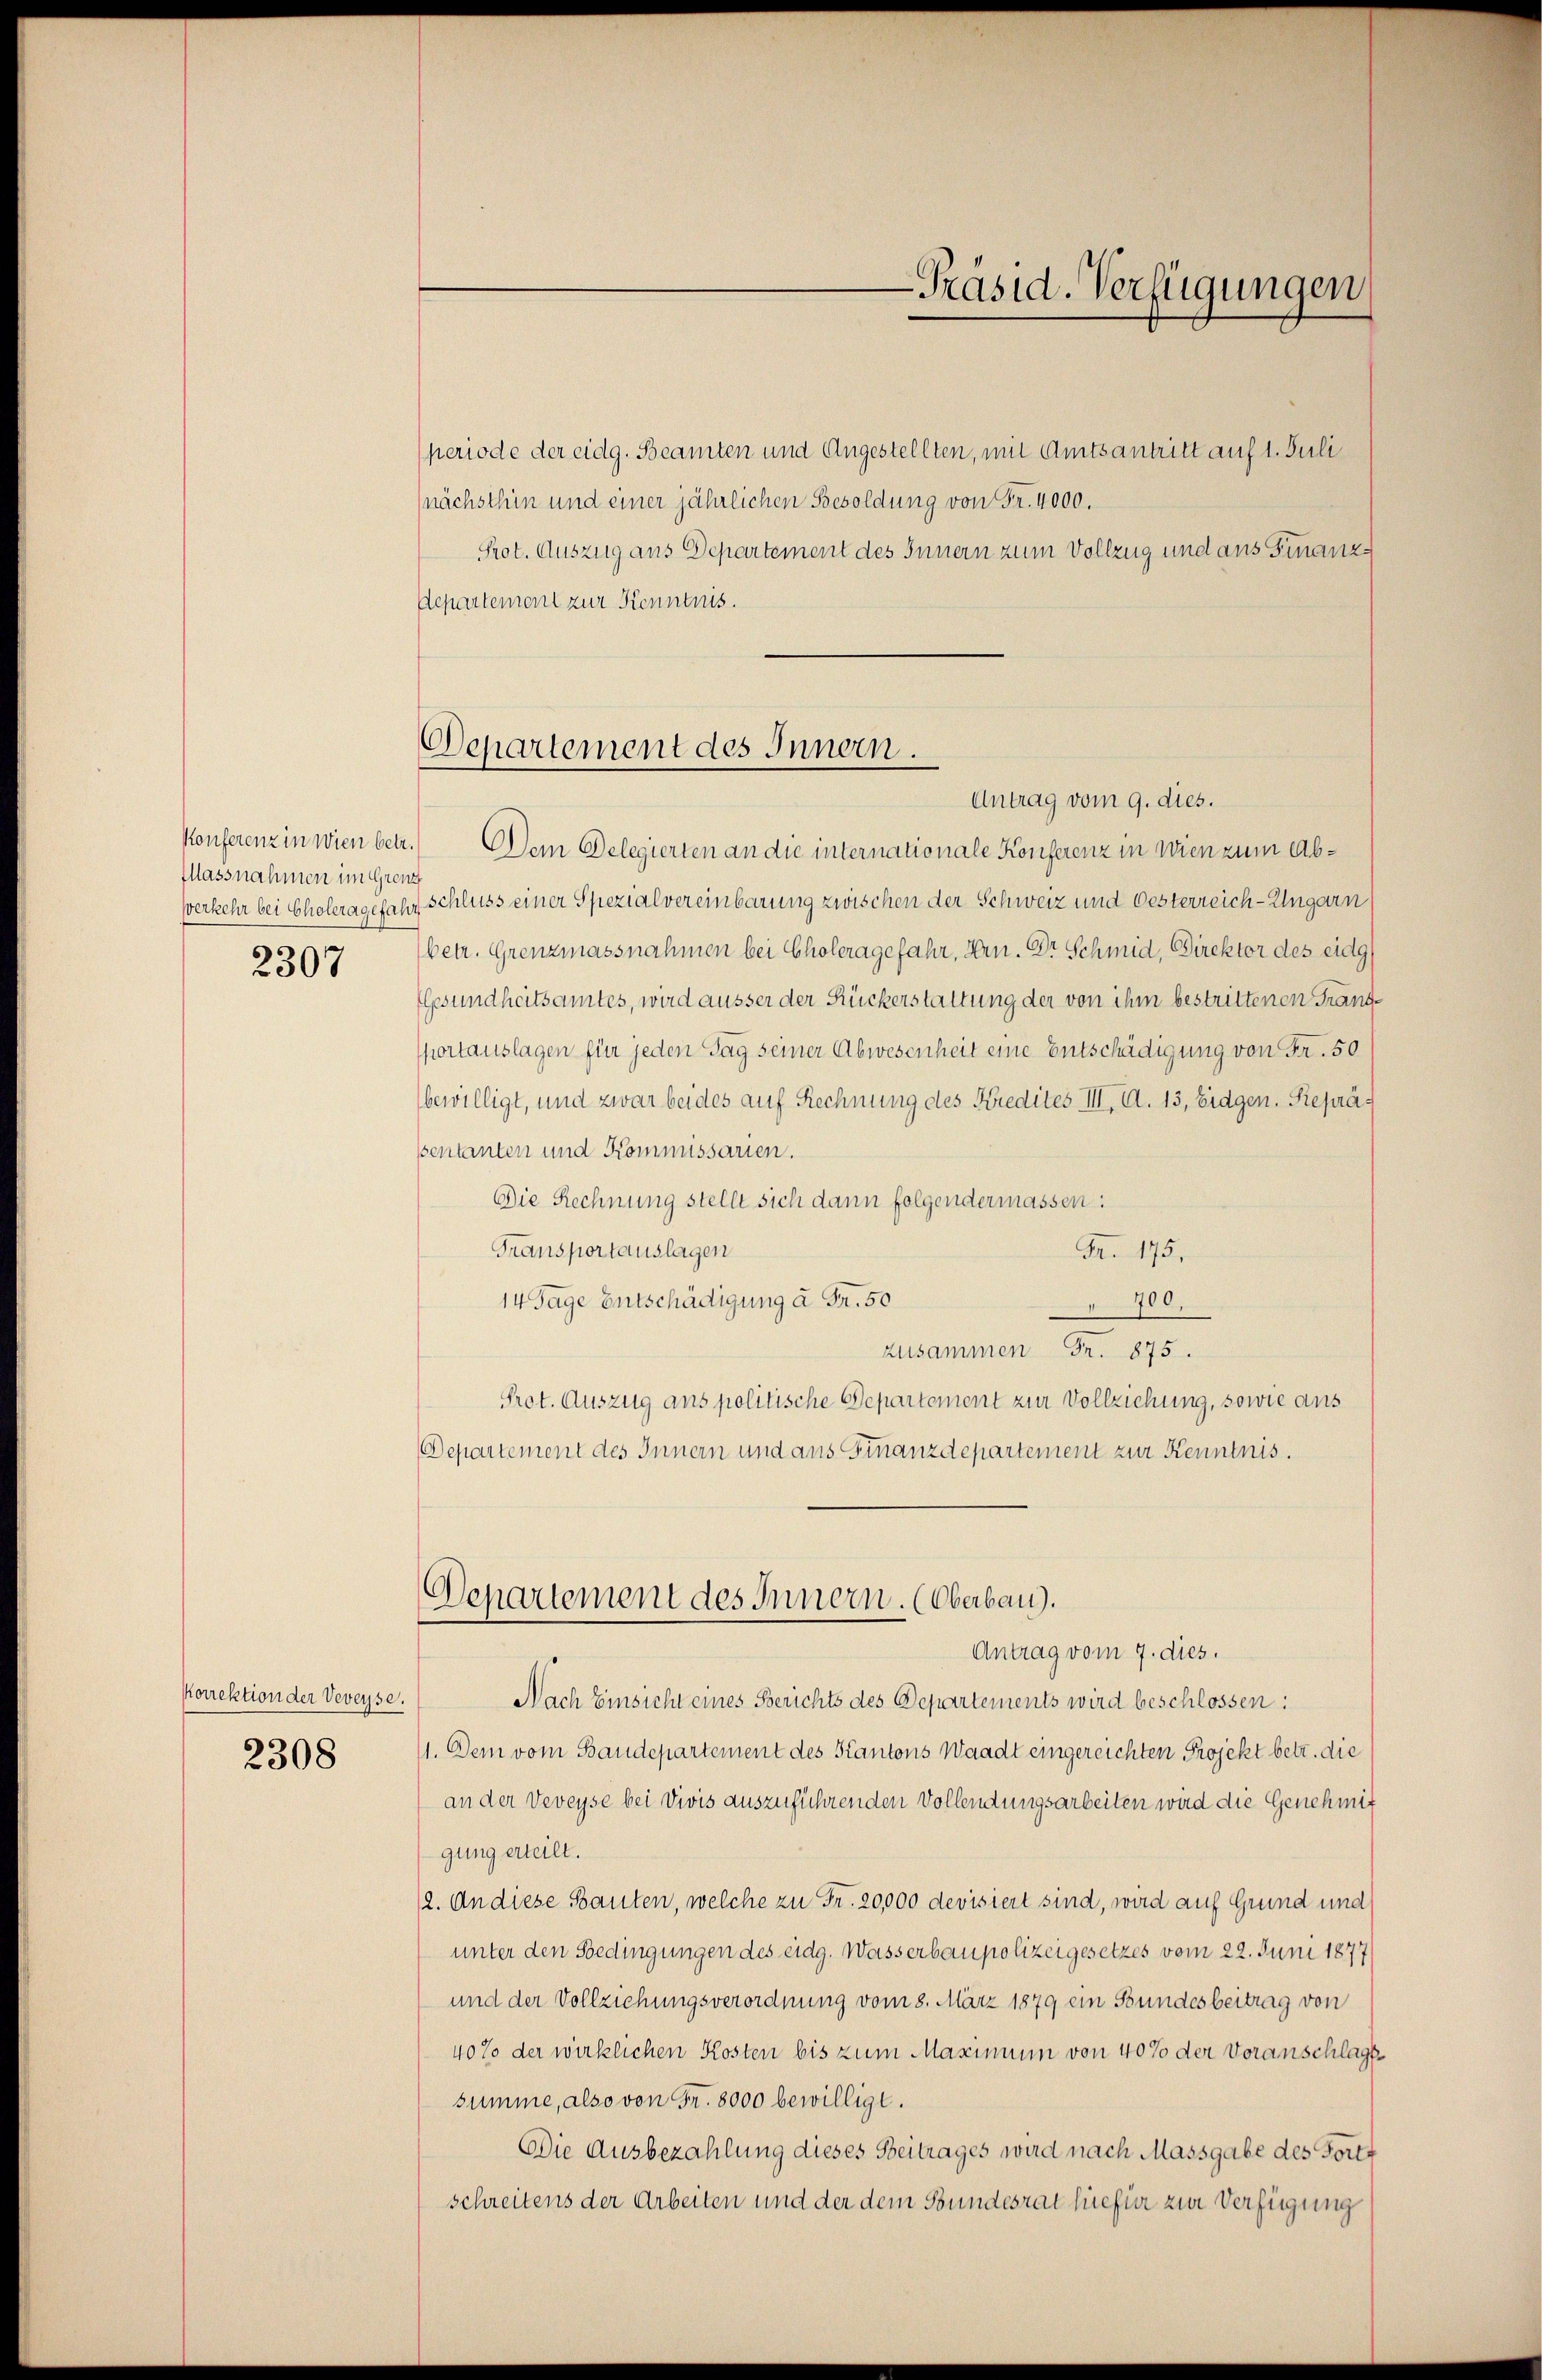
Massnahmen im Grenz

2307

porrektion der Veveyse.
2308

Departement des Innern.
Antrag vom 9. dies.

-Präsid. Verfügungen

periode der eidg. Beamten und Angestellten, mit Amtsantritt auf 1. Juli
nächsthin und einer jährlichen Besoldung von Fr. 4000.
Prot. Auszug aus Departement des Innern zum Vollzug und aus Finanz-
Aepartement zur Kenntnis.

Konferenz in wien betr.) Dem Delegierten an die internationale Konferenz in Wien zum Abverkehr bei Choleragefahr schluss einer Spezialvereinbarung zwischen der Schweiz und Oesterreich-Ungarn
betr. Grenzmassnahmen bei Choleragefahr, Hrn. Dr Schmid, Direktor des eidg
Gesundheitsamtes, wird äusser der Rückerstattung der von ihm bestrittenen Frandportauslagen für jeden Tag seiner Abwesenheit eine Entschädigung von Fr. 50
bewilligt, und zwar beides auf Rechnung des Kredites III. A. 13, Eidgen. Repräsentanten und Kommissarien.
Die Rechnung stellt sich dann folgendermassen:
Transportauslagen
Fr. 175.
14 Tage Entschädigung à Fr. 50
700.
zusammen Fr. 875.
Prot. Auszug aus politische Departement zur Vollziehung, sowie aus
Departement des Innern und aus Finanzdepartement zur Kenntnis.
Departement des Innern. (Oberbau).
Antrag vom 7. dies.
Nach Einsicht eines Berichts des Departements wird beschlossen:
11. Dem vom Baudepartement des Kantons Waadt eingereichten Projekt betr. die
an der Veveyse bei Vivis auszuführenden Vollendungsarbeiten wird die Genehmit
gung erteilt.
12. An diese Bauten, welche zu Fr. 20,000 devisiert sind, wird auf Grund und
unter den Bedingungen des eidg. Wasserbaupolizeigesetzes vom 22. Juni 1877
und der Vollziehungsverordnung vom 8. März 1879 ein Bundesbeitrag von
40% der wirklichen Kosten bis zum Maximum von 40% der Voranschlags
summe, also von Fr. 8000 bewilligt.
Die Ausbezahlung dieses Beitrages wird nach Massgabe des Fortt
schreitens der Arbeiten und der dem Bundesrat hiefür zur Verfügung